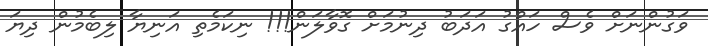
ވަގުންނަށް ވެސް ހައްގު އަދަބު ދިނުމަށް ގޮވާލަން!!! ނިކަމެތި އަނިޔާ ލިބެމުން ދިޔަ